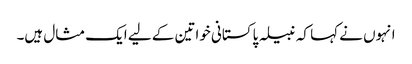
انہوں نے کہا کہ نبیلہ پاکستانی خواتین کے لیے ایک مثال ہیں۔